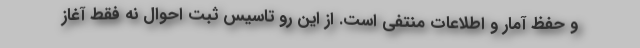
و حفظ آمار و اطلاعات منتفی است. از این رو تاسیس ثبت احوال نه فقط آغاز